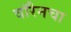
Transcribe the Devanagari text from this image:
वॉरेनचा